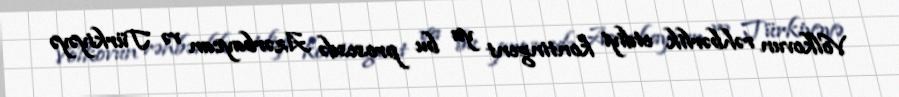
Volkovun rəhbərlik etdiyi kontingent ya bu prosesdə Azərbaycan və Türkiyəyə